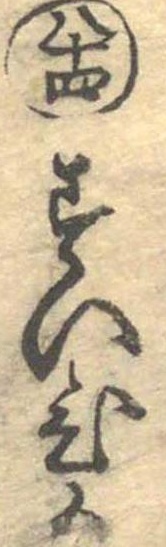
八十四すいひも